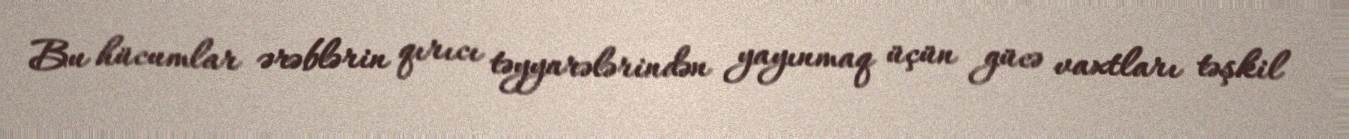
Bu hücumlar ərəblərin qırıcı təyyarələrindən yayınmaq üçün gücə vaxtları təşkil